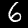
Label: 6